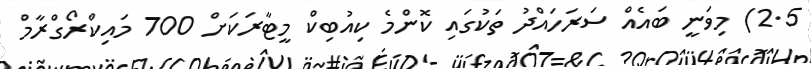
2.5) މިވަނީ ބައެއް ސަރަހައްދު ތަކުގައި ކޮންމެ ކިއުބިކް މީޓާރަކަށް 700 މައިކްރޯގްރާމް